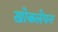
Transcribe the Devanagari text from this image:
खोकलेपन